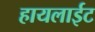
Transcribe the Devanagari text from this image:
हायलाईट